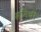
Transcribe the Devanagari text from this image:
समिची